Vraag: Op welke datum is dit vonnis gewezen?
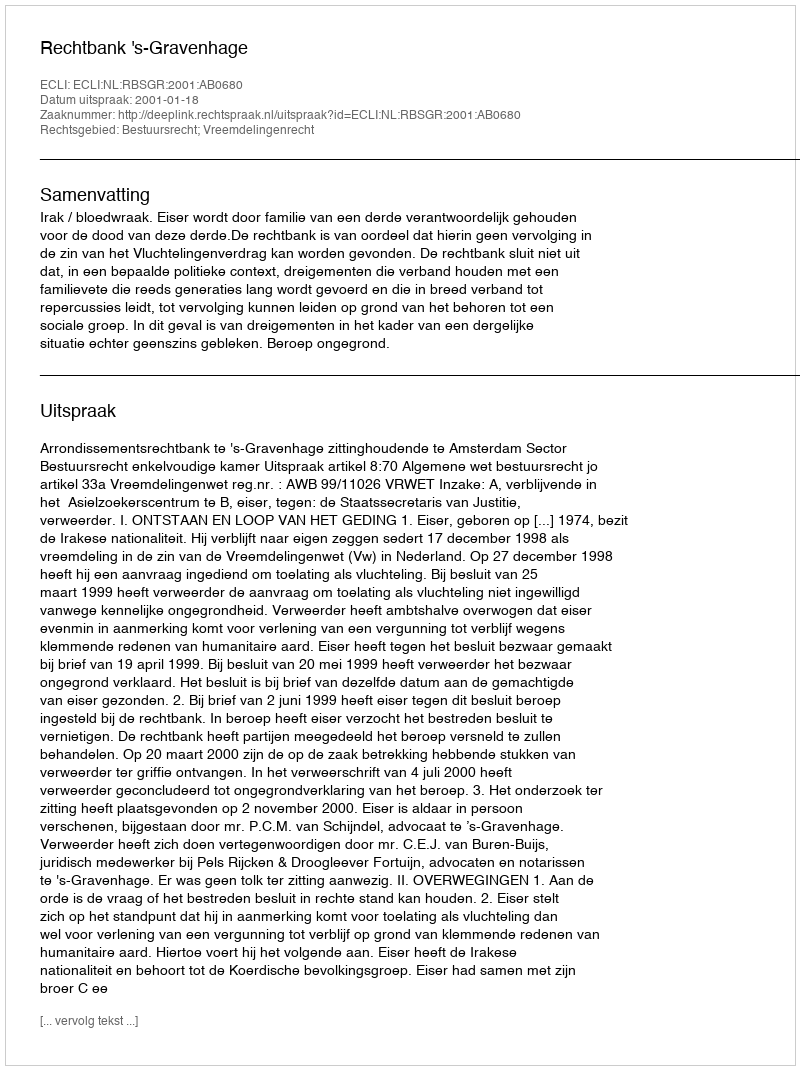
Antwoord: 2001-01-18